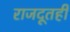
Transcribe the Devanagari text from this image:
राजदूतही